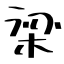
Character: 梁